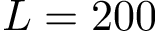
L = 2 0 0